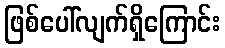
ဖြစ်ပေါ်လျက်ရှိကြောင်း